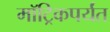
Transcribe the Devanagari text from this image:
मॉट्रिकपर्यंत